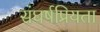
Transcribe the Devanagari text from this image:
संघर्षप्रियता